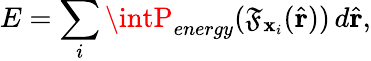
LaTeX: E=\sum_{i}\intP_{energy}(\mathfrak{F}_{\mathbf{{x}}_{i}}(\hat{{\mathbf{{r}}}}))\, d\hat{{\mathbf{{r}}}},